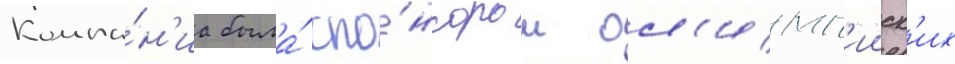
Компа́н'иа была́ спо́нсором ол'имп'ииск'их